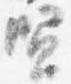
賢